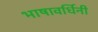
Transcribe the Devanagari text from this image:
भाषावर्धिनी